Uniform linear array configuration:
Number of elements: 12
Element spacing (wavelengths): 0.75
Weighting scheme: binomial
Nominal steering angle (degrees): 0
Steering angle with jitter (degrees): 1.594
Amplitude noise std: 0.05
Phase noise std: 0.05

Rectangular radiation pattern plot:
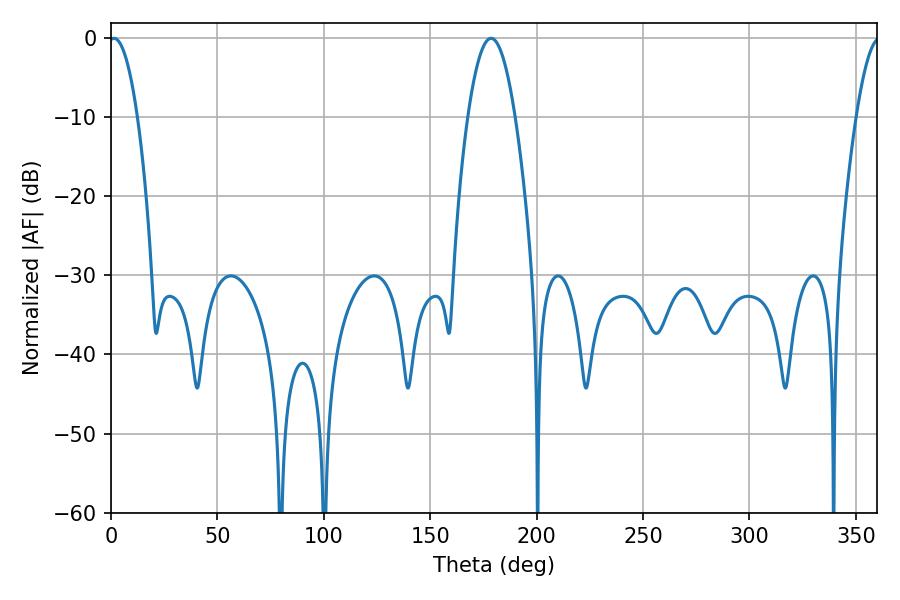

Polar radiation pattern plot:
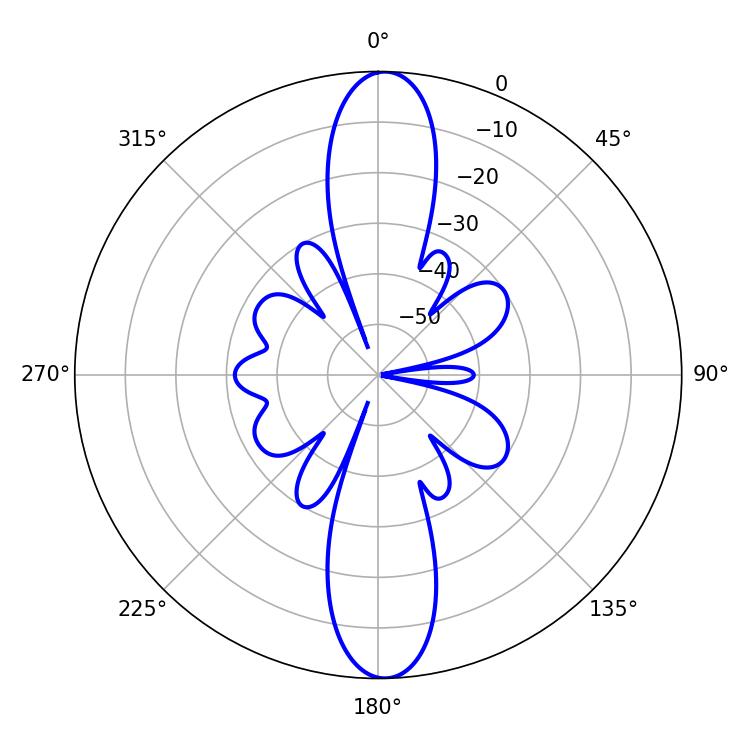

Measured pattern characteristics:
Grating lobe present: TRUE
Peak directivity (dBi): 22.926
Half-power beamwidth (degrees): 7.38
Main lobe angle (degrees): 1.44